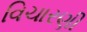
વિચારણી